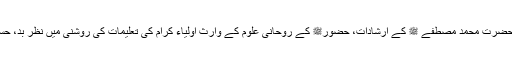
ڈاکٹر وقار یوسف عظیمی نے قرآن پاک کی آیات، حضرت محمد مصطفےٰ ﷺ کے ارشادات، حضورﷺ کے روحانی علوم کے وارث اولیاء کرام کی تعلیمات کی روشنی میں نظر بد، حسد، جادو کی وضاحت پیش کرنے کی سعی کی ہے۔